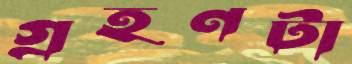
গ্রহণটা